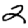
Digit: 2